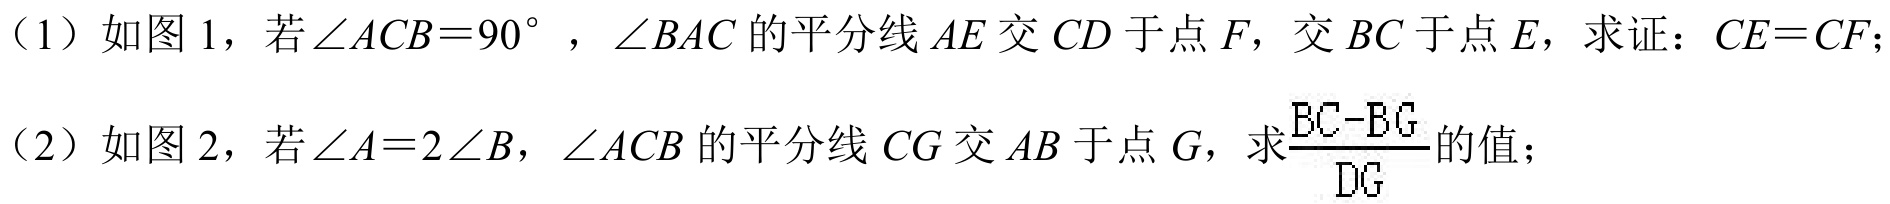
（1）如图 1，若\(\angle ACB = 90^{\circ}\)，\(\angle BAC\)的平分线 \(AE\) 交 \(CD\) 于点 \(F\)，交 \(BC\) 于点 \(E\)，求证：\(CE = CF\)；
（2）如图 2，若\(\angle A = 2\angle B\)，\(\angle ACB\)的平分线 \(CG\) 交 \(AB\) 于点 \(G\)，求\(\frac{BC - BG}{DG}\)的值；